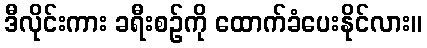
ဒီလိုင်းကား ခရီးစဉ်ကို ထောက်ခံပေးနိုင်လား။